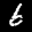
Digit: 6